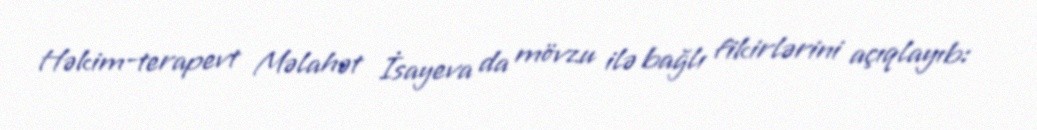
Həkim-terapevt Məlahət İsayeva da mövzu ilə bağlı fikirlərini açıqlayıb: